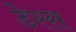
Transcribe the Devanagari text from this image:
डेरस